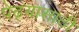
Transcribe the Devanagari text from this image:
पेढ्यासाठी